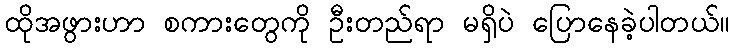
ထိုအဖွားဟာ စကားတွေကို ဦးတည်ရာ မရှိပဲ ပြောနေခဲ့ပါတယ်။